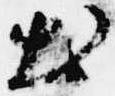
出